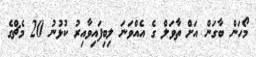
މޯހަން ބާގަން އަށް ތާވަލް ގެ އެއްވަނަ ލިބިފައިވާއިރު ކުޅުނު 20 މެޗްގެ